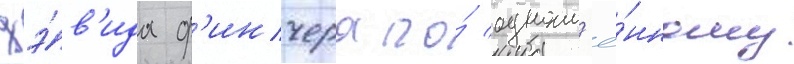
дэ́в'ида ф'инчера по́ одноим'ё́нному